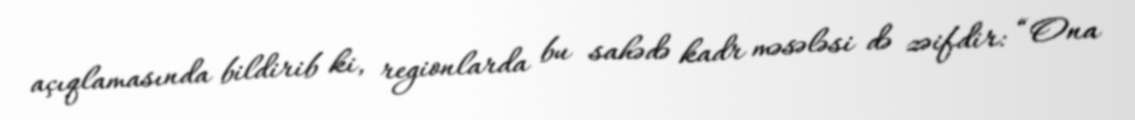
açıqlamasında bildirib ki, regionlarda bu sahədə kadr məsələsi də zəifdir: “Ona